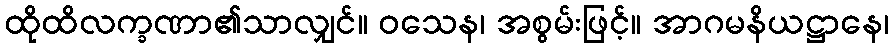
ထိုထိလက္ခဏာ၏သာလျှင်။ ဝသေန၊ အစွမ်းဖြင့်။ အာဂမနိယဋ္ဌာနေ၊